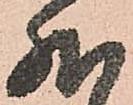
然